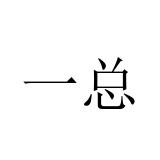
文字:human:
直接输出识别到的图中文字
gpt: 一总